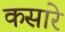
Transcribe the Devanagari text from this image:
कसारे